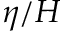
\eta / H